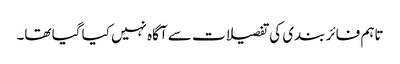
تاہم فائر بندی کی تفصیلات سے آگاہ نہیں کیا گیا تھا۔